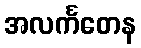
အလင်္ကတေန